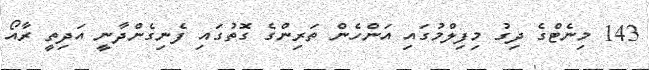
143 މިނެޓްގެ ދިގު މިފިލްމުގައި އަންހެން ތަރިންގެ ގޮތުގައި ފެނިގެންދާނީ އަދިތީ ރާއޯ